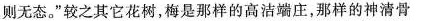
则无态。”较之其它花树，梅是那样的高洁端庄，那样的神清骨